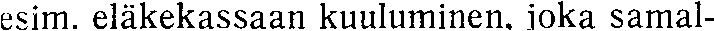
esim. eläkekassaan kuuluminen, joka samal-